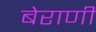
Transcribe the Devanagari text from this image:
बेराणी